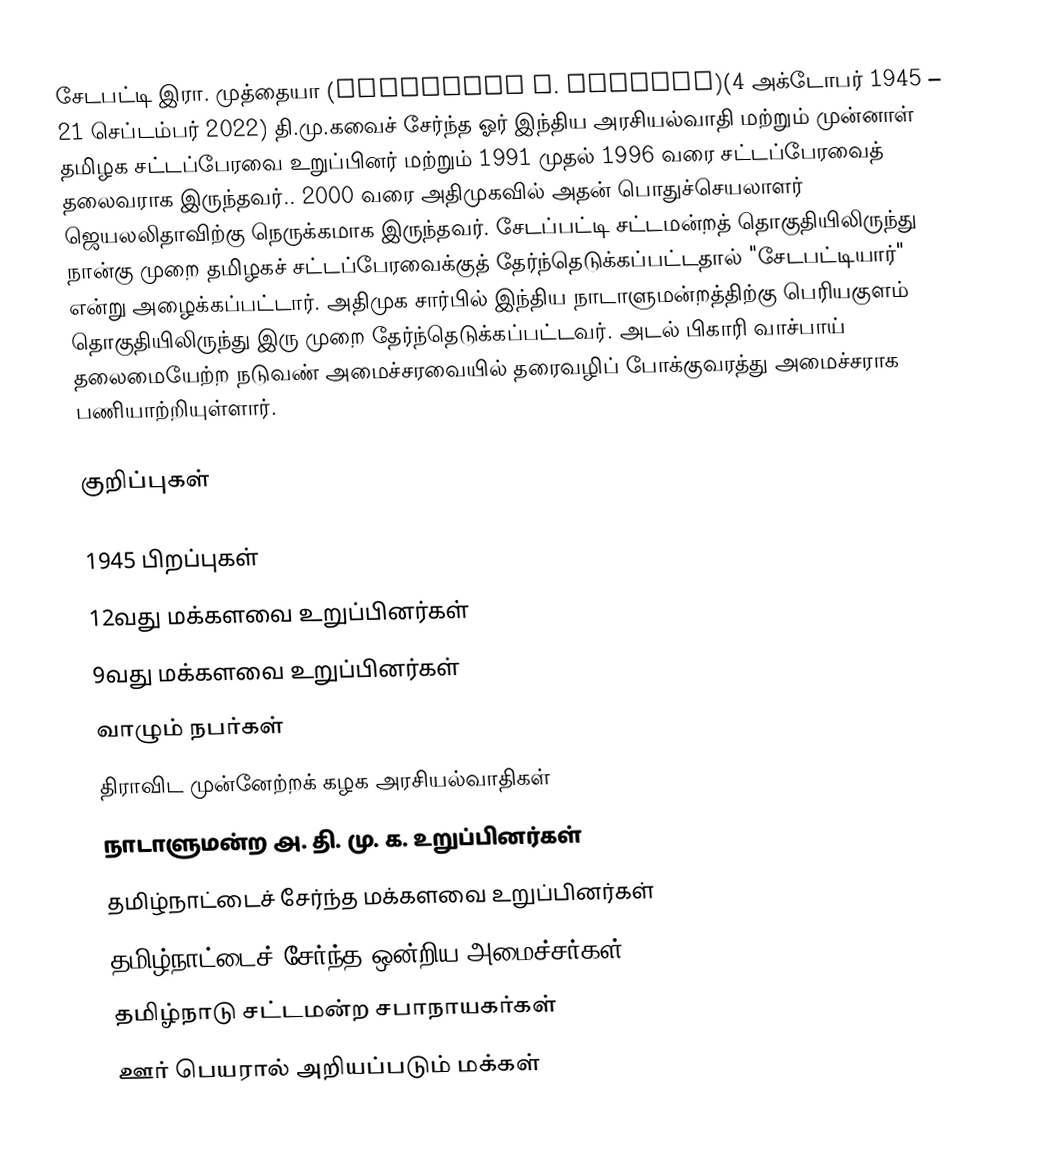
சேடபட்டி இரா. முத்தையா (Sedapatti R. Muthiah)(4 அக்டோபர் 1945 – 21 செப்டம்பர் 2022) தி.மு.கவைச் சேர்ந்த ஓர் இந்திய அரசியல்வாதி மற்றும் முன்னாள் தமிழக சட்டப்பேரவை உறுப்பினர் மற்றும் 1991 முதல் 1996 வரை சட்டப்பேரவைத் தலைவராக இருந்தவர்.. 2000 வரை அதிமுகவில் அதன் பொதுச்செயலாளர் ஜெயலலிதாவிற்கு நெருக்கமாக இருந்தவர். சேடப்பட்டி சட்டமன்றத் தொகுதியிலிருந்து நான்கு முறை தமிழகச் சட்டப்பேரவைக்குத் தேர்ந்தெடுக்கப்பட்டதால் "சேடபட்டியார்" என்று அழைக்கப்பட்டார். அதிமுக சார்பில் இந்திய நாடாளுமன்றத்திற்கு பெரியகுளம் தொகுதியிலிருந்து இரு முறை தேர்ந்தெடுக்கப்பட்டவர். அடல் பிகாரி வாச்பாய் தலைமையேற்ற நடுவண் அமைச்சரவையில் தரைவழிப் போக்குவரத்து அமைச்சராக பணியாற்றியுள்ளார்.

குறிப்புகள்

1945 பிறப்புகள்
12வது மக்களவை உறுப்பினர்கள்
9வது மக்களவை உறுப்பினர்கள்
வாழும் நபர்கள்
திராவிட முன்னேற்றக் கழக அரசியல்வாதிகள்
நாடாளுமன்ற அ. தி. மு. க. உறுப்பினர்கள்
தமிழ்நாட்டைச் சேர்ந்த மக்களவை உறுப்பினர்கள்
தமிழ்நாட்டைச் சேர்ந்த ஒன்றிய அமைச்சர்கள்
தமிழ்நாடு சட்டமன்ற சபாநாயகர்கள்
ஊர் பெயரால் அறியப்படும் மக்கள்